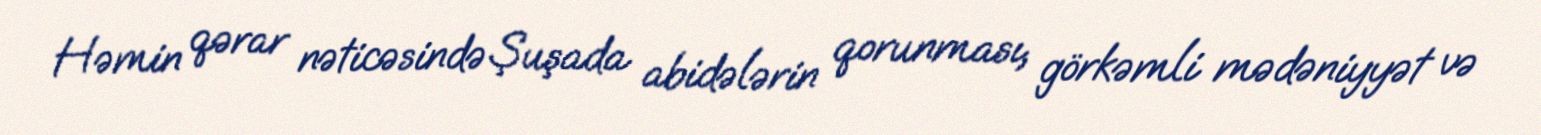
Həmin qərar nəticəsində Şuşada abidələrin qorunması, görkəmli mədəniyyət və